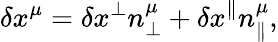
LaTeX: \delta x^{\mu}=\delta x^{\perp}n_{\perp}^{\mu}+\delta x^{\parallel}n_{\parallel}^{\mu},